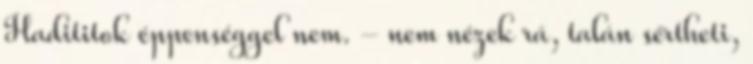
Hadititok éppenséggel nem. - nem nézek rá, talán sértheti,